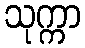
သုက္ကာ